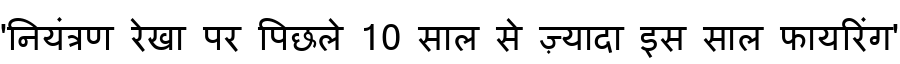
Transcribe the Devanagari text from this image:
'नियंत्रण रेखा पर पिछले 10 साल से ज़्यादा इस साल फायरिंग'